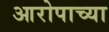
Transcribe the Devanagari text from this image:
आरोपाच्या